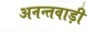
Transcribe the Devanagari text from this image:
अनन्तवाड़ी